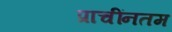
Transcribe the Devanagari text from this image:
प्राचींनतम